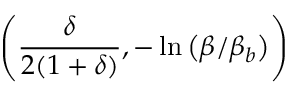
\left( \frac { \delta } { 2 ( 1 + \delta ) } , - \ln \left( { \beta / { \beta _ { b } } } \right) \right)